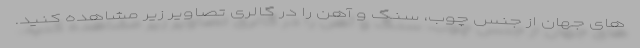
های جهان از جنس چوب، سنگ و آهن را در گالری تصاویر زیر مشاهده کنید.